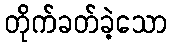
တိုက်ခတ်ခဲ့သော